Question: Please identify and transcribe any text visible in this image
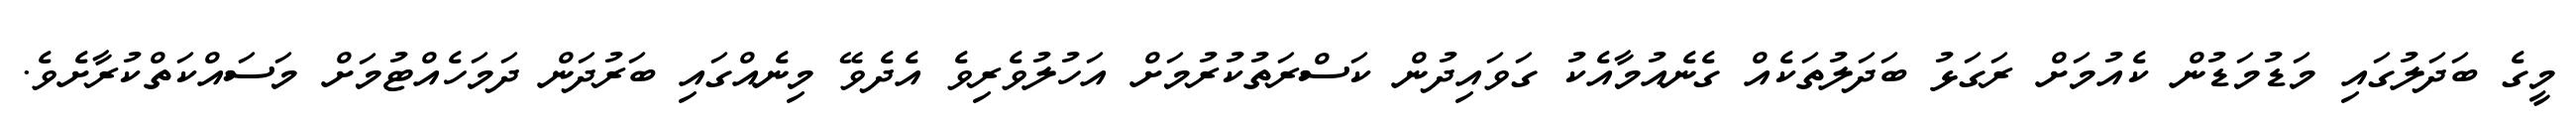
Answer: މީގެ ބަދަލުގައި މަޑުމަޑުން ކެއުމަށް ރަގަޅު ބަދަލުތަކެއް ގެނެއުމާއެކު ގަވައިދުން ކަސްރަތުކުރުމަށް އަހުލުވެރިވެ އެދެވޭ މިނެއްގައި ބަރުދަން ދަމަހެއްޓުމަށް މަސައްކަތްކުރާށެވެ.